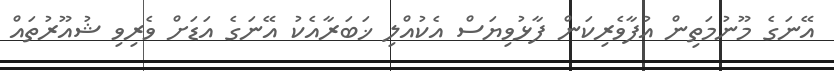
އޭނަގެ މޫނުމަތިން އުފާވެރިކަން ފާޅުވިޔަސް އެކުއްލި ޚަބަރާއެކު އޭނަގެ އަޑަށް ވެރިވި ޝުއޫރުތައް